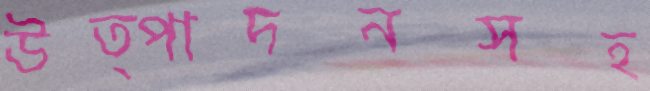
উত্পাদনসহ